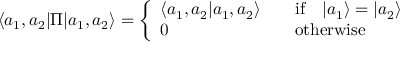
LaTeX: { } \langle a _ { 1 } , a _ { 2 } | \Pi | a _ { 1 } , a _ { 2 } \rangle = \left\{ \begin{array} { l l } { { \langle a _ { 1 } , a _ { 2 } | a _ { 1 } , a _ { 2 } \rangle } } & { { \quad \mathrm { i f } \quad | a _ { 1 } \rangle = | a _ { 2 } \rangle } } \\ { { 0 } } & { { \quad \mathrm { o t h e r w i s e } } } \end{array} \right.